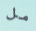
مل